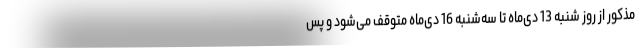
مذکور از روز شنبه 13 دی‌ماه تا سه‌شنبه 16 دی‌ماه متوقف می‌شود و پس